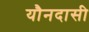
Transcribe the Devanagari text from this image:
यौनदासी